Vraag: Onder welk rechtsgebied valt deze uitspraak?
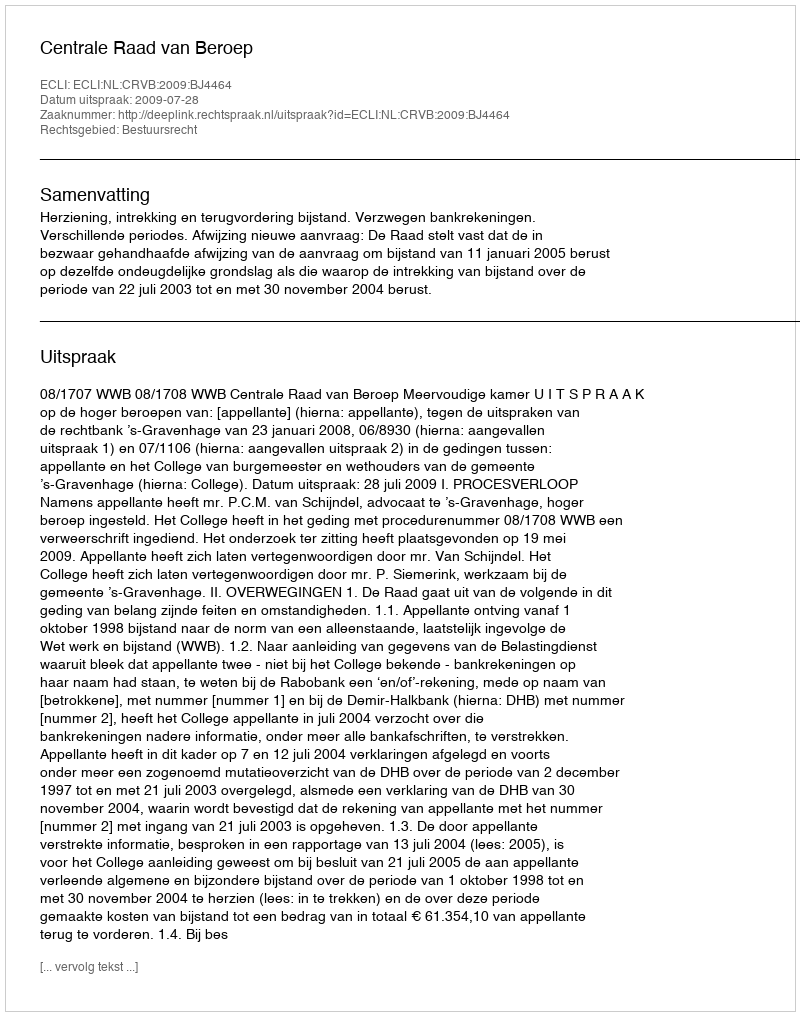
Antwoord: Bestuursrecht